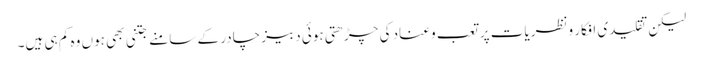
لیکن تقلیدی افکار ونظریات پر تعب وعناد کی چڑھتی ہوئی دبیز چادر کے سامنے جتنی بھی ہوں وہ کم ہی ہیں۔